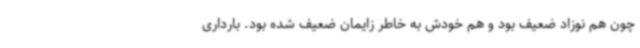
چون هم نوزاد ضعیف بود و هم خودش به خاطر زایمان ضعیف شده بود. بارداری